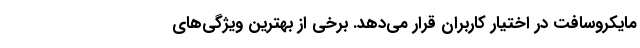
مایکروسافت در اختیار کاربران قرار می‌دهد. برخی از بهترین ویژگی‌های